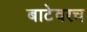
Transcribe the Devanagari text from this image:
बाटेवरच